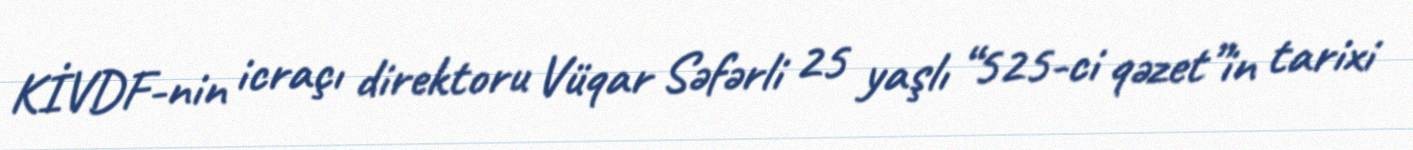
KİVDF-nin icraçı direktoru Vüqar Səfərli 25 yaşlı “525-ci qəzet”in tarixi